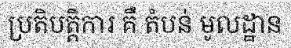
ប្រតិបត្តិការ គឺ តំបន់ មូលដ្ឋាន